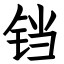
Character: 铛